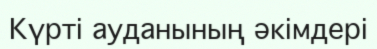
Күрті ауданының әкімдері